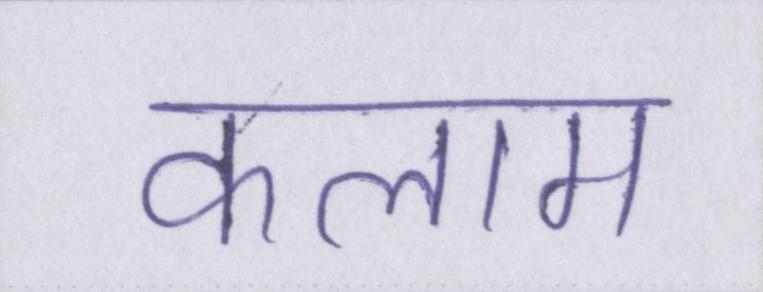
कलाम